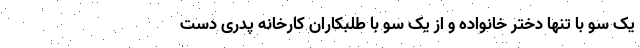
یک سو با تنها دختر خانواده و از یک سو با طلبکاران کارخانه پدری دست